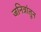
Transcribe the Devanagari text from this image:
जनित्रांतून